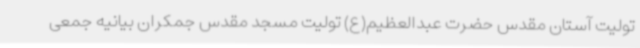
تولیت آستان مقدس حضرت عبدالعظیم(ع) تولیت مسجد مقدس جمکران بیانیه جمعی